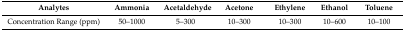
| Analytes | Ammonia | Acetaldehyde | Acetone | Ethylene | Ethanol | Toluene |
 | --- | --- | --- | --- | --- | --- | --- |
 | Concentration Range (ppm) | 50–1000 | 5–300 | 10–300 | 10–300 | 10–600 | 10–100 |